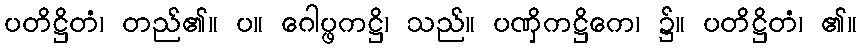
ပတိဋ္ဌိတံ၊ တည်၏။ ပ။ ဂေါပ္ဖကဋ္ဌိ၊ သည်။ ပဏှိကဋ္ဌိကေ၊ ၌။ ပတိဋ္ဌိတံ၊ ၏။